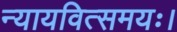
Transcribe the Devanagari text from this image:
न्यायवित्समयः।